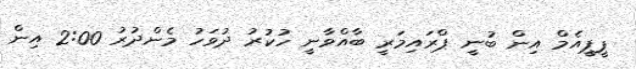
ޕީޕީއެމް އިން ބުނީ ޕްރައިމަރީ ބާއްވާނީ ހުކުރު ދުވަހު މެންދުރު 2:00 އިން